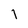
Character: I